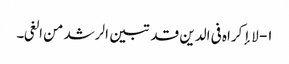
۱- لا إکراہ فی الدین قد تبین الرشد من الغی۔